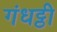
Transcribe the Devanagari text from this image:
गंधट्ठी